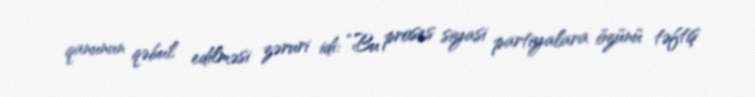
qanunun qəbul edilməsi zəruri idi: “Bu proses siyasi partiyalara özünü təftiş